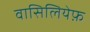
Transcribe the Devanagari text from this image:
वासिलियेफ़